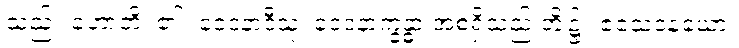
သည်။ ဟောတိ၊ ၏။ ဝေဒနာဒီသု၊ ဝေဒနာက္ခန္ဓာ အစရှိသည် တို့၌။ ဧသေဝနယော၊